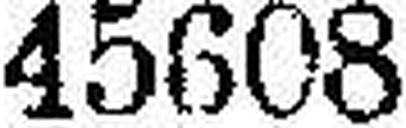
45608